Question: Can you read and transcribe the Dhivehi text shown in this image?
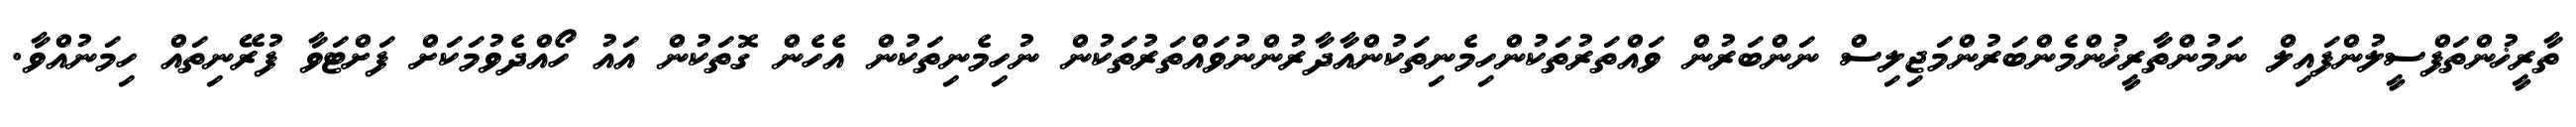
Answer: ތާރީޚުންތަފްސީލުންފައިލް ނަމުންތާރީޚުންމެންބަރުންމަޖިލިސް ނަންބަރުން ވައްތަރުތަކުންހިމެނިތަކުންއާދާރުންނުވައްތަރުތަކުން ނުހިމެނިތަކުން އެހެން ގޮތަކުން އައު ހޯއްދެވުމަކަށް ފަށްޓަވާ ފުރޭނިތައް ހިމަނުއްވާ.